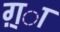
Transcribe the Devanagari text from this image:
ग़्ा